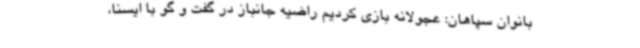
بانوان سپاهان: عجولانه بازی کردیم راضیه جانباز در گفت و گو با ایسنا،